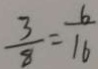
\frac { 3 } { 8 } = \frac { 6 } { 1 6 }